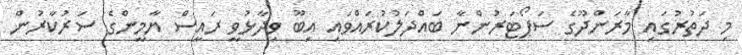
މި ދަތުރުގައި މާރަންދޫގެ ސަޕޯޓަރުންނާ ބައްދަލުކުރައްވައި އިބޫ ވިދާޅުވީ ރައީސް ޔާމީންގެ ސަރުކާރުން